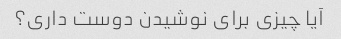
آیا چیزی برای نوشیدن دوست داری؟